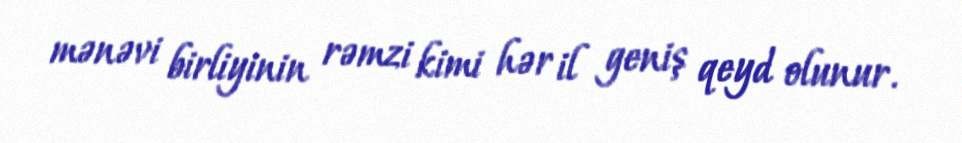
mənəvi birliyinin rəmzi kimi hər il geniş qeyd olunur.